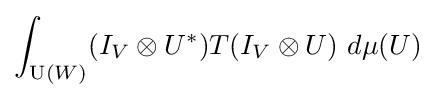
\int _{\operatorname {U} (W)}(I_{V}\otimes U^{*})T(I_{V}\otimes U)\ d\mu (U)